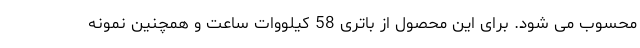
محسوب می شود. برای این محصول از باتری 58 کیلووات ساعت و همچنین نمونه